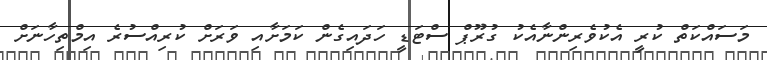
މަސައްކަތް ކުރީ އެކުވެރިންނާއެކު ގުރޫޕް ސްޓަޑީ ހަދައިގެން ކަމަށާއި ވަރަށް ކުރިއްސުރެ އިމްތިހާނަށް